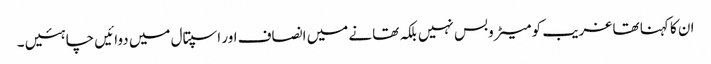
ان کا کہنا تھا غریب کو میٹروبس نہیں بلکہ تھانے میں انصاف اور اسپتال میں دوائیں چاہئیں ۔